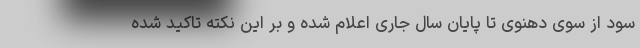
سود از سوی دهنوی تا پایان سال جاری اعلام شده و بر این نکته تاکید شده